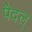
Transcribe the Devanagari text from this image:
पैदल्